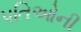
પતિઓની